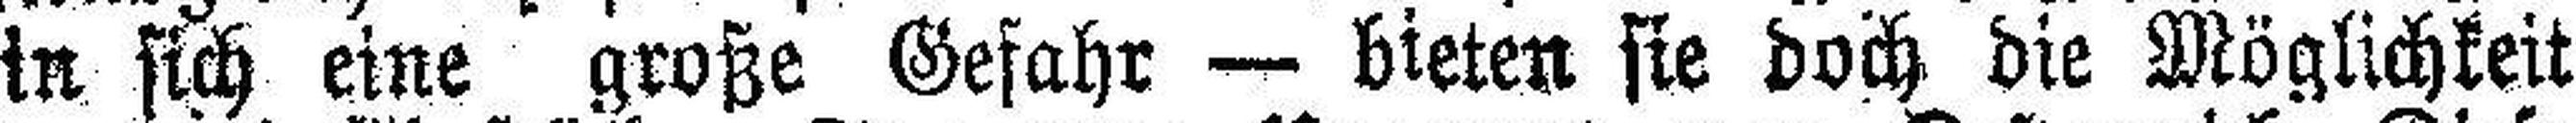
in sich eine große Gefahr — bieten sie doch die Möglichkeit